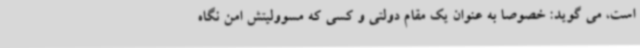
است، می گوید: خصوصا به عنوان یک مقام دولتی و کسی که مسوولیتش امن نگاه